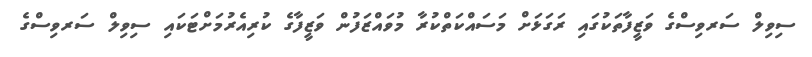
ސިވިލް ސަރވިސްގެ ވަޒީފާތަކުގައި ރަގަޅަށް މަސައްކަތްކުރާ މުވައްޒަފުން ވަޒީފާގެ ކުރިއެރުމަށްޓަކައި ސިވިލް ސަރވިސްގެ